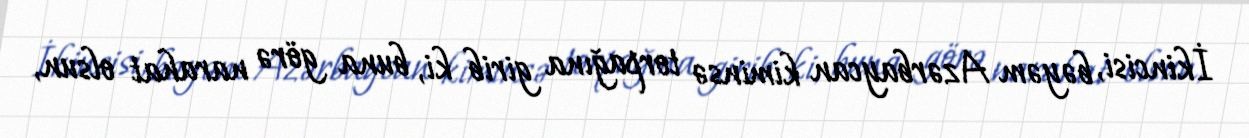
İkincisi, bəyəm Azərbaycan kiminsə torpağına girib ki, buna görə narahat olsun,